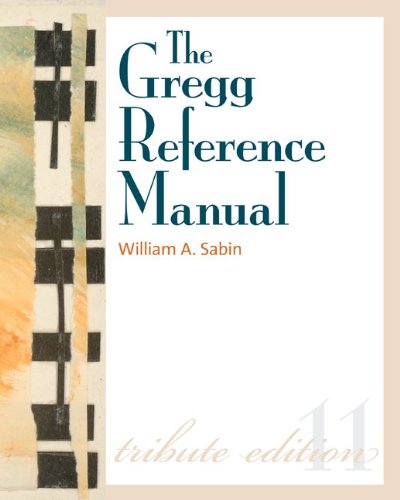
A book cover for The Gregg Reference Manual: A Manual of Style, Grammar, Usage, and Formatting Tribute Edition; William Sabin; Business & Money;